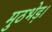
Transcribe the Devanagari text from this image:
मुठभेड़।